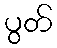
ပွတ်